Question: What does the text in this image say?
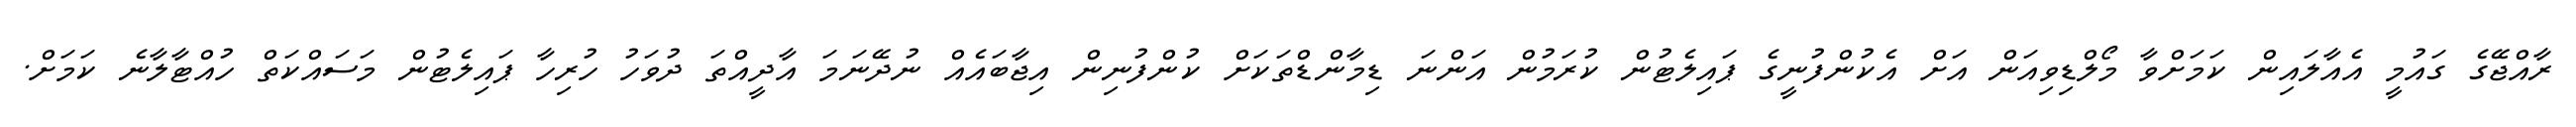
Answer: ރާއްޖޭގެ ގައުމީ އެއާލައިން ކަމަށްވާ މޯލްޑިވިއަން އަށް އެކުންފުނީގެ ޕައިލެޓުން ކުރަމުން އަންނަ ޑިމާންޑްތަކަށް ކުންފުނިން އިޖާބައެއް ނުދޭނަމަ އާދީއްތަ ދުވަހު ހުރިހާ ޕައިލެޓުން މަސައްކަތް ހުއްޓާލާނެ ކަމަށް.